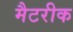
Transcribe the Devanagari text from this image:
मैटरीक